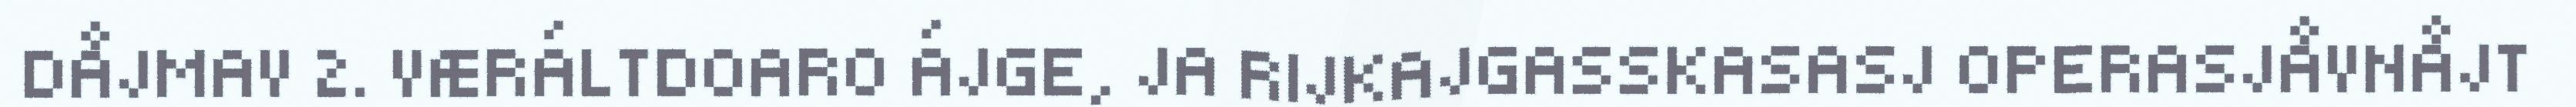
DÅJMAV 2. VÆRÁLTDOARO ÁJGE, JA RIJKAJGASSKASASJ OPERASJÅVNÅJT